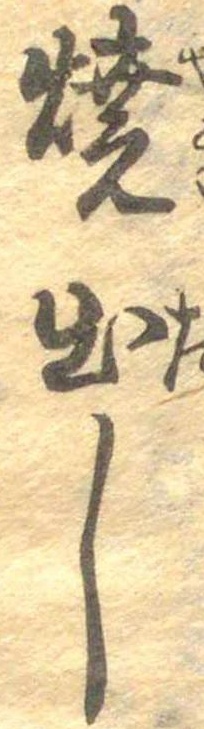
焼出し